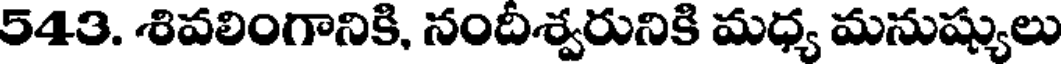
543. శివలింగానికి, నందీశ్వరునికి మధ్య మనుష్యులు